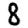
Digit: 8